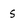
Character: s